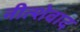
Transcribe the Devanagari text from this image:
नीत्शेवाद